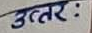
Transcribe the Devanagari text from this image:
उत्तर :